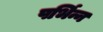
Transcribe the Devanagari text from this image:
पर्भिन्न